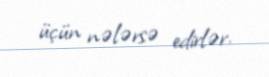
üçün nələrsə edirlər.